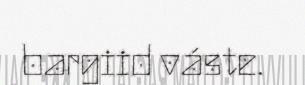
bargiid váste.